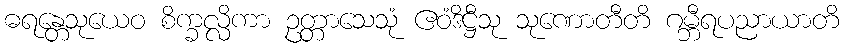
ဓရန္တေသုယေဝ စိက္ခလ္လိကာ ဥတ္တာသေသုံ ဧဝံဒိဋ္ဌီသု သုဏောတီတိ ဂမ္ဘီရပညာယာတိ